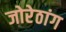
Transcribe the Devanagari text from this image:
जोरेठांग